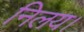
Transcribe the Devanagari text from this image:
निलय।